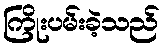
ကြိုးပမ်းခဲ့သည်